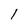
Character: 1